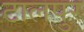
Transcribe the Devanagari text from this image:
टालपुर